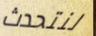
لنتحدث